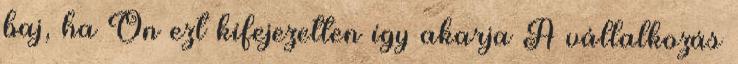
baj, ha Ön ezt kifejezetten így akarja A vállalkozás